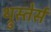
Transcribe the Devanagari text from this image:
थ्रुस्तेर्स